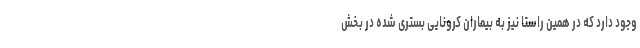
وجود دارد که در همین راستا نیز به بیماران کرونایی بستری شده در بخش